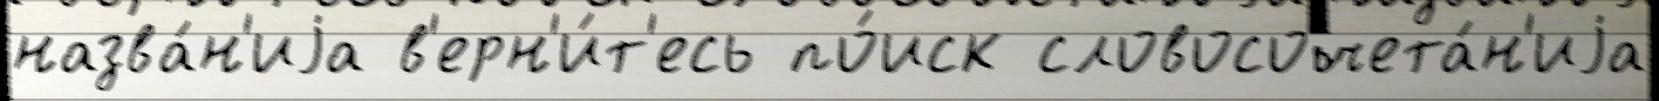
назва́н'иjа в'ерн'и́т'есь по́иск словосочета́н'иjа